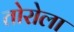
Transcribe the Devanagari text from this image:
तोरोला